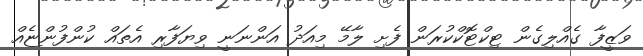
ވަޒީފާ ގެއްލިގެން ޓިކްޓޮކްކުރަން ފެށި ލާމޭ މިއަދު އަންނަނީ ވިޔަފާރި އެތައް ކުންފުންޏެއް